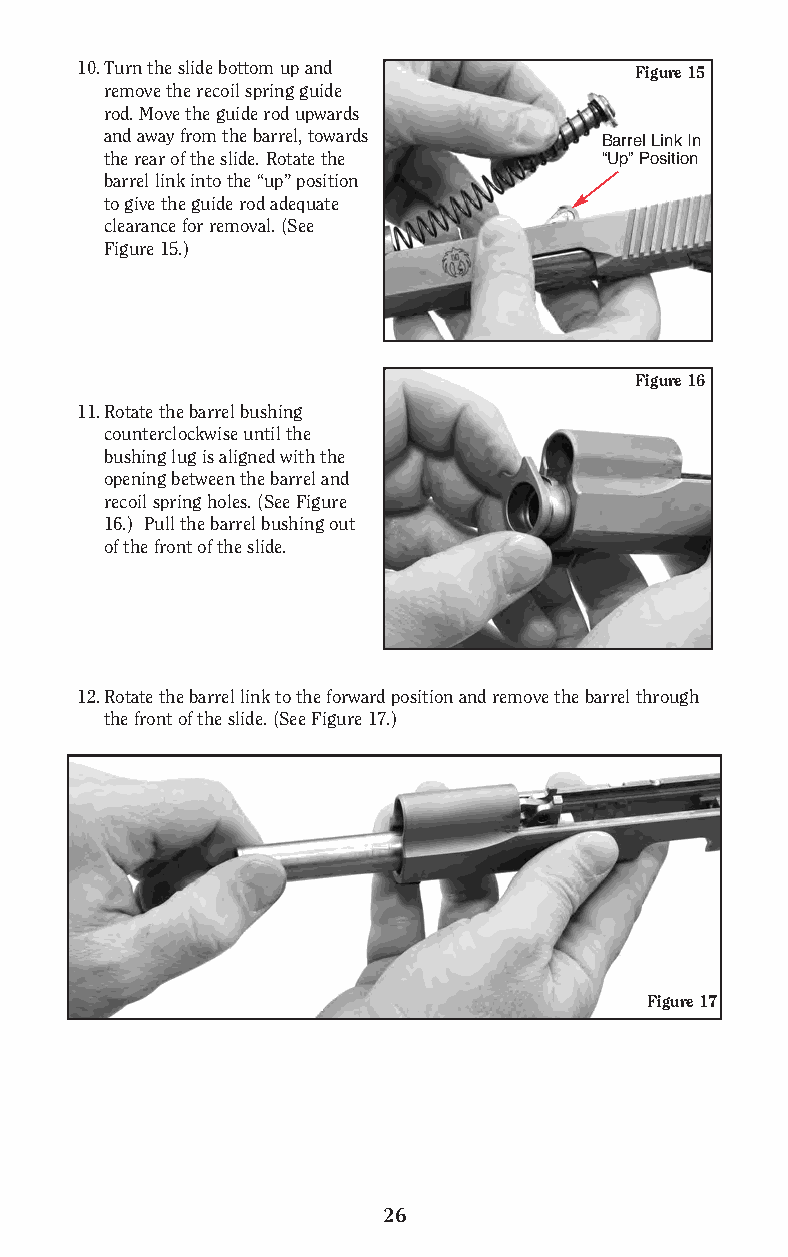
10.Turn the slide bottom up and      Figure 15
 remove the recoil spring guide
 rod. Move the guide rod upwards
 and away from the barrel, towards
 Barrel Link In
 the rear of the slide. Rotate the “Up” Position
 barrel link into the “up” position
 to give the guide rod adequate
 clearance for removal. (See
 Figure 15.)
 Figure 16
 11.Rotate the barrel bushing
 counterclockwise until the
 bushing lug is aligned with the
 opening between the barrel and
 recoil spring holes. (See Figure
 16.) Pull the barrel bushing out
 of the front of the slide.
 12.Rotate the barrel link to the forward position and remove the barrel through
 the front of the slide. (See Figure 17.)
 Figure 17
 26